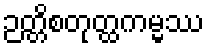
ဉတ္တိစတုတ္ထကမ္မဿ